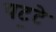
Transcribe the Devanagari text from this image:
पट॒टे